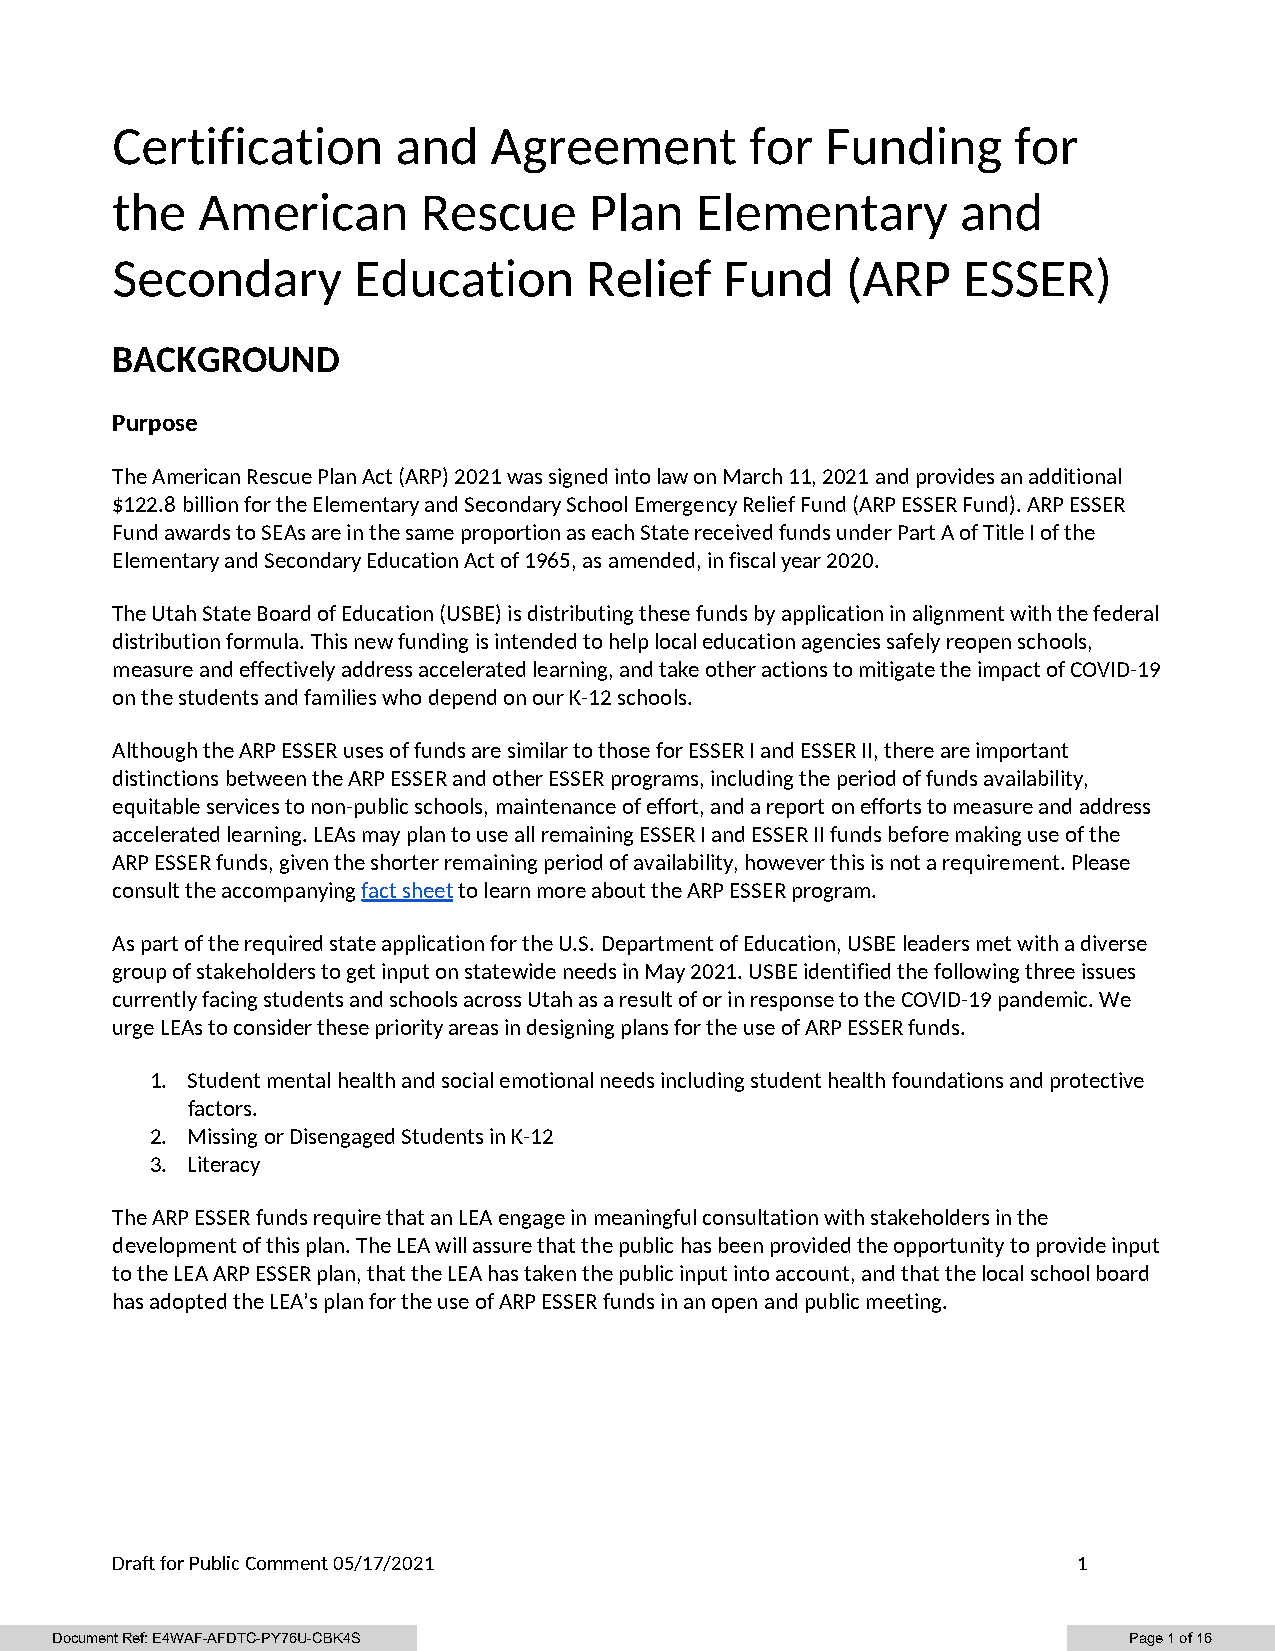
Certification      and   Agreement         for  Funding     for
 the   American       Rescue     Plan   Elementary        and
 Secondary       Education       Relief   Fund    (ARP    ESSER)
 BACKGROUND
 Purpose
 The American Rescue Plan Act (ARP) 2021 was signed into law on March 11, 2021 and provides an additional
 $122.8 billion for the Elementary and Secondary School Emergency Relief Fund (ARP ESSER Fund). ARP ESSER
 Fund awards to SEAs are in the same proportion as each State received funds under Part A of Title I of the
 Elementary and Secondary Education Act of 1965, as amended, in fiscal year 2020.
 The Utah State Board of Education (USBE) is distributing these funds by application in alignment with the federal
 distribution formula. This new funding is intended to help local education agencies safely reopen schools,
 measure and effectively address accelerated learning, and take other actions to mitigate the impact of COVID-19
 on the students and families who depend on our K-12 schools.
 Although the ARP ESSER uses of funds are similar to those for ESSER I and ESSER II, there are important
 distinctions between the ARP ESSER and other ESSER programs, including the period of funds availability,
 equitable services to non-public schools, maintenance of effort, and a report on efforts to measure and address
 accelerated learning. LEAs may plan to use all remaining ESSER I and ESSER II funds before making use of the
 ARP ESSER funds, given the shorter remaining period of availability, however this is not a requirement. Please
 consult the accompanying fact sheet to learn more about the ARP ESSER program.
 As part of the required state application for the U.S. Department of Education, USBE leaders met with a diverse
 group of stakeholders to get input on statewide needs in May 2021. USBE identified the following three issues
 currently facing students and schools across Utah as a result of or in response to the COVID-19 pandemic. We
 urge LEAs to consider these priority areas in designing plans for the use of ARP ESSER funds.
 1. Student mental health and social emotional needs including student health foundations and protective
 factors.
 2. Missing or Disengaged Students in K-12
 3. Literacy
 The ARP ESSER funds require that an LEA engage in meaningful consultation with stakeholders in the
 development of this plan. The LEA will assure that the public has been provided the opportunity to provide input
 to the LEA ARP ESSER plan, that the LEA has taken the public input into account, and that the local school board
 has adopted the LEA’s plan for the use of ARP ESSER funds in an open and public meeting.
 Draft for Public Comment 05/17/2021                             1
 Document Ref: E4WAF-AFDTC-PY76U-CBK4S                                   Page 1 of 16